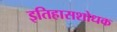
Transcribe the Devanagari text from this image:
इतिहासशोधक